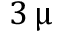
3 \, \upmu